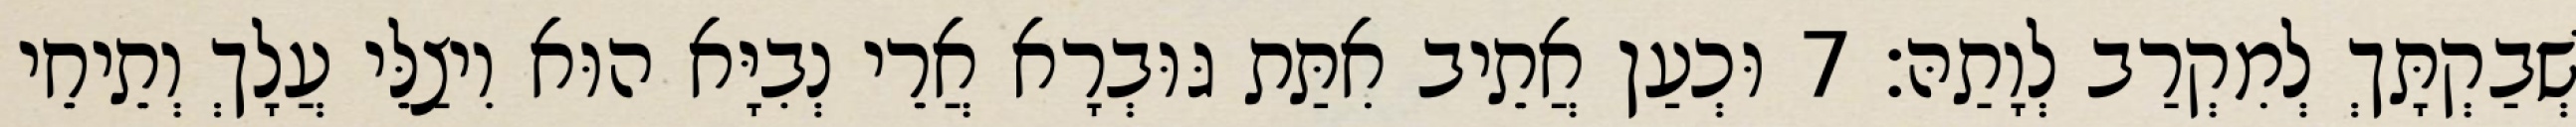
שְׁבַקְתָּךְ לְמִקְרַב לְוָתַהּ׃ 7 וּכְעַן אֲתֵיב אִתַּת גּוּבְרָא אֲרֵי נְבִיָּא הוּא וִיצַלֵּי עֲלָךְ וְתֵיחֵי